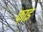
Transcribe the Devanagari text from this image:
फ़ाइ